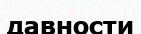
давности